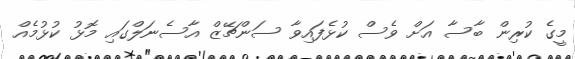
މީގެ ކުރިން ބާސާ އަށް ވެސް ކުޅެފައިވާ ސަންޗޭޒް އާސެނަލްގައި މޮޅު ކުޅުމެއް